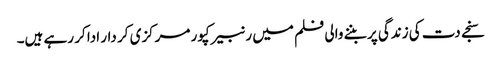
سنجے دت کی زندگی پر بننے والی فلم میں رنبیر کپور مرکزی کر دار ادا کر رہے ہیں۔